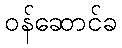
ဝန်ဆောင်ခ